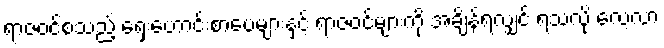
ရာဇဝင်စသည့် ရှေးဟောင်းစာပေများနှင့် ရာဇဝင်များကို အချိန်ရလျှင် ရသလို လေ့လာ